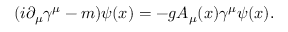
( i \partial _ { \mu } \gamma ^ { \mu } - m ) \psi ( x ) = - g A _ { \mu } ( x ) \gamma ^ { \mu } \psi ( x ) .